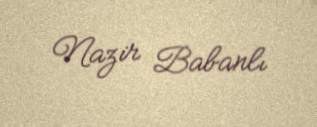
Nazir Babanlı